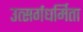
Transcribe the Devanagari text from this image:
उत्सर्गधर्मिता